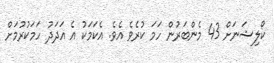
ކޯލިޝަނަށް 43 މެންބަރުން ހަމަ ކުރެވެ އެވެ. އެކަމަކު އެ އަދަދު ހަމަކުރުމަށް